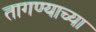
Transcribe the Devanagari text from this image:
तागण्याच्या